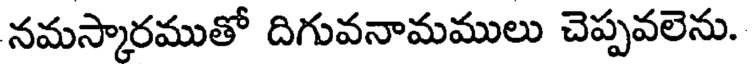
నమస్కారముతో దిగువనామములు చెప్పవలెను.